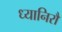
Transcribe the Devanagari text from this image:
ध्यानिरौ